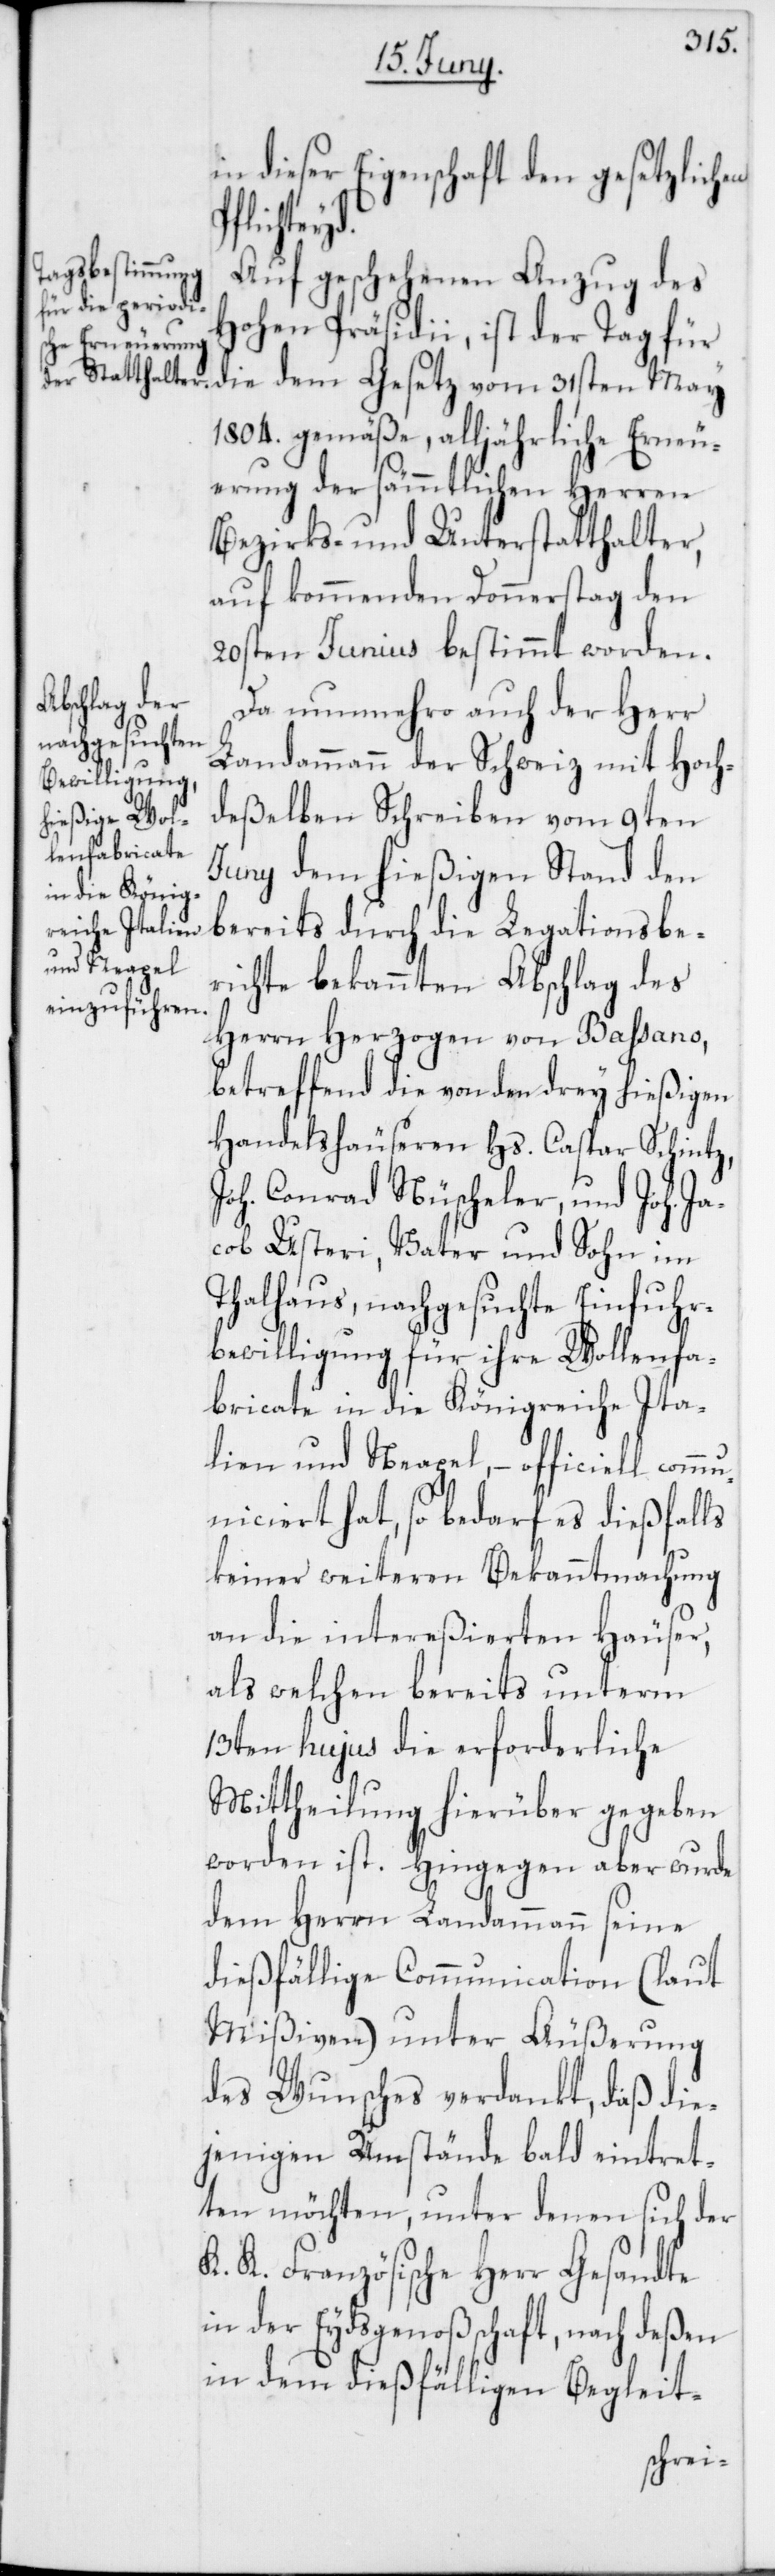
in dieser Eigenschaft den gesetzlichen
Pflichteyd.
Auf geschehenen Anzug des
Hohen Präsidii, ist der Tag für
die dem Gesetz vom 31sten May
1804. gemäße, alljährliche Erneu¬
erung der sämmtlichen Herren
Bezirks- und Unterstatthalter,
auf kommenden Donnerstag den
20sten Junius bestimmt worden.
Da nunmehro auch der Herr
Landammann der Schweiz mit Hoch¬
deßelben Schreiben vom 9ten
Juny dem hießigen Stand den
bereits durch die Legationsbe¬
richte bekannten Abschlag des
Herrn Herzogen von Baßano,
betreffend die von den drey hießigen
Handelshäuseren Hs. Caspar Schintz,
Joh. Conrad Nüscheler, und Joh. Ja¬
cob Usteri, Vater und Sohn im
Thalhaus, nachgesuchte Einfuhr¬
bewilligung für ihre Wollenfa¬
bricate in die Königreiche Ita¬
lien und Neapel, – officiell comm¬
uniciert hat, so bedarf es dießfalls
keiner weiteren Bekanntmachung
an die intereßierten Häuser,
als welchen bereits unterm
13ten hujus die erforderliche
Mittheilung hierüber gegeben
worden ist. Hingegen aber wurde
dem Herrn Landammann seine
dießfällige Communication (laut
Mißiven) unter Äußerung
des Wunsches verdankt, daß die¬
jenigen Umstände bald eintret¬
ten möchten, unter denen sich der
K. K. Französische Herr Gesandte
in der Eydsgenoßschaft, nach deßen
in dem dießfälligen Begleit-